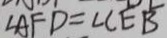
\angle A F D = \angle C E B